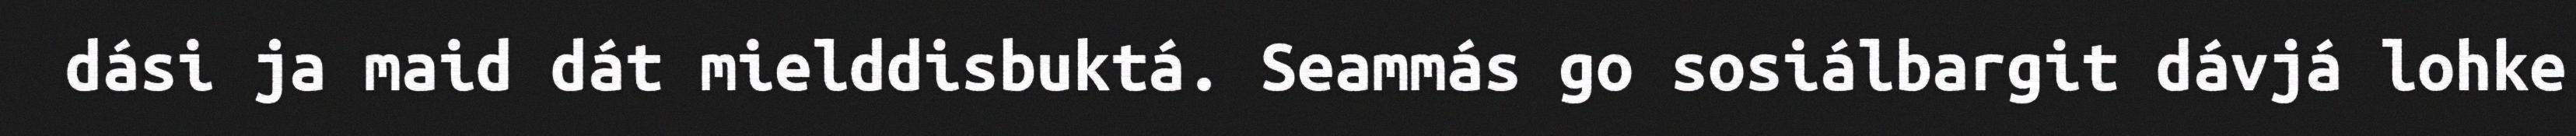
dási ja maid dát mielddisbuktá. Seammás go sosiálbargit dávjá lohke